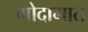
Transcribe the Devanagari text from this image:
गोदामात